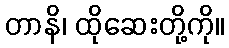
တာနိ၊ ထိုဆေးတို့ကို။